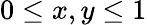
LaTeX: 0\leq x,y\leq 1